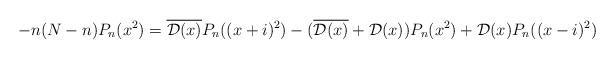
LaTeX: \begin{align*} -n(N-n)P_n(x^2)=\overline{\mathcal{D}(x)}P_n((x+i)^2)-(\overline{\mathcal{D}(x)}+\mathcal{D}(x))P_n(x^2)+\mathcal{D}(x)P_n((x-i)^2) \end{align*}